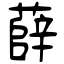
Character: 薛